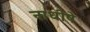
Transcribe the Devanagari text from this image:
नाधीषे